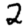
Digit: 2